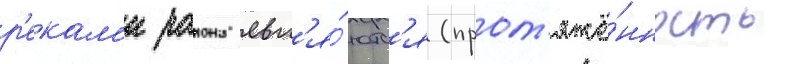
р'екам'и раиона явл'я́ютс'я (прот'яжё́нность